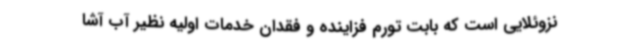
نزوئلایی است که بابت تورم فزاینده و فقدان خدمات اولیه نظیر آب آشا